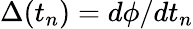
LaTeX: \Delta(t_{n})=d\phi/dt_{n}